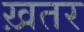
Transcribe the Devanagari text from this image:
ख़तर